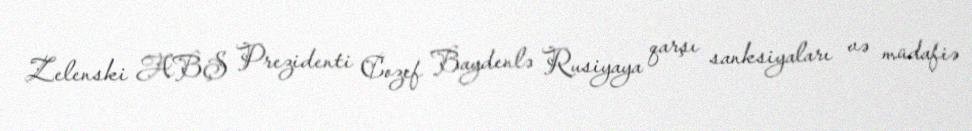
Zelenski ABŞ Prezidenti Cozef Baydenlə Rusiyaya qarşı sanksiyaları və müdafiə